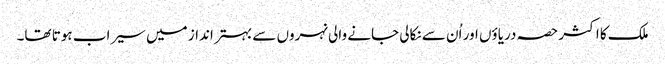
ملک کا اکثر حصہ دریاؤں اور اُن سے نکالی جانے والی نہروں سے بہتر انداز میں سیراب ہوتا تھا۔